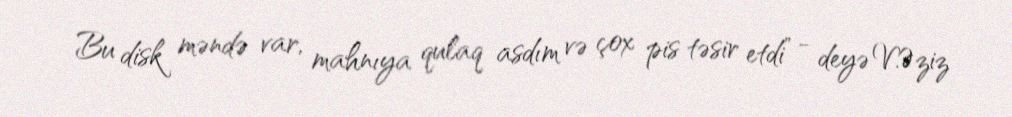
Bu disk məndə var, mahnıya qulaq asdım və çox pis təsir etdi” - deyə V.Əziz